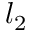
l _ { 2 }